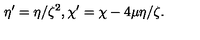
\eta ^ { \prime } = \eta / \zeta ^ { 2 } , \chi ^ { \prime } = \chi - 4 \mu \eta / \zeta .